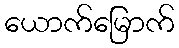
ယောက်မြောက်